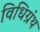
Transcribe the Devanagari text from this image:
विधिग्रंथ